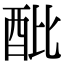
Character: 𨟵